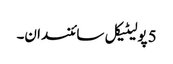
5 پولیٹیکل سائنسدان۔